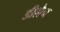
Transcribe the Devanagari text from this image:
डीलैन